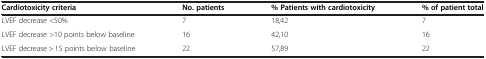
| Cardiotoxicity criteria | No. patients | % Patients with cardiotoxicity | % of patient total |
 | --- | --- | --- | --- |
 | LVEF decrease <50% | 7 | 18,42 | 7 |
 | LVEF decrease >10 points below baseline | 16 | 42,10 | 16 |
 | LVEF decrease > 15 points below baseline | 22 | 57,89 | 22 |